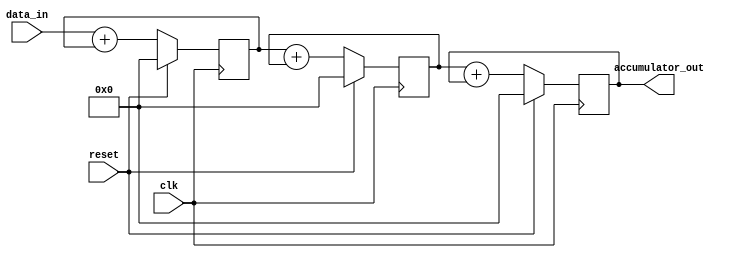
module cascaded_accumulator(
    input wire clk,
    input wire reset,
    input wire [15:0] data_in,
    output reg [15:0] accumulator_out
);

reg [15:0] accumulator_a, accumulator_b, accumulator_c;

always @(posedge clk) begin
    if(reset) begin
        accumulator_a <= 16'b0;
        accumulator_b <= 16'b0;
        accumulator_c <= 16'b0;
    end else begin
        accumulator_a <= data_in + accumulator_a;
        accumulator_b <= accumulator_a + accumulator_b;
        accumulator_c <= accumulator_b + accumulator_c;
    end
end

assign accumulator_out = accumulator_c;

endmodule